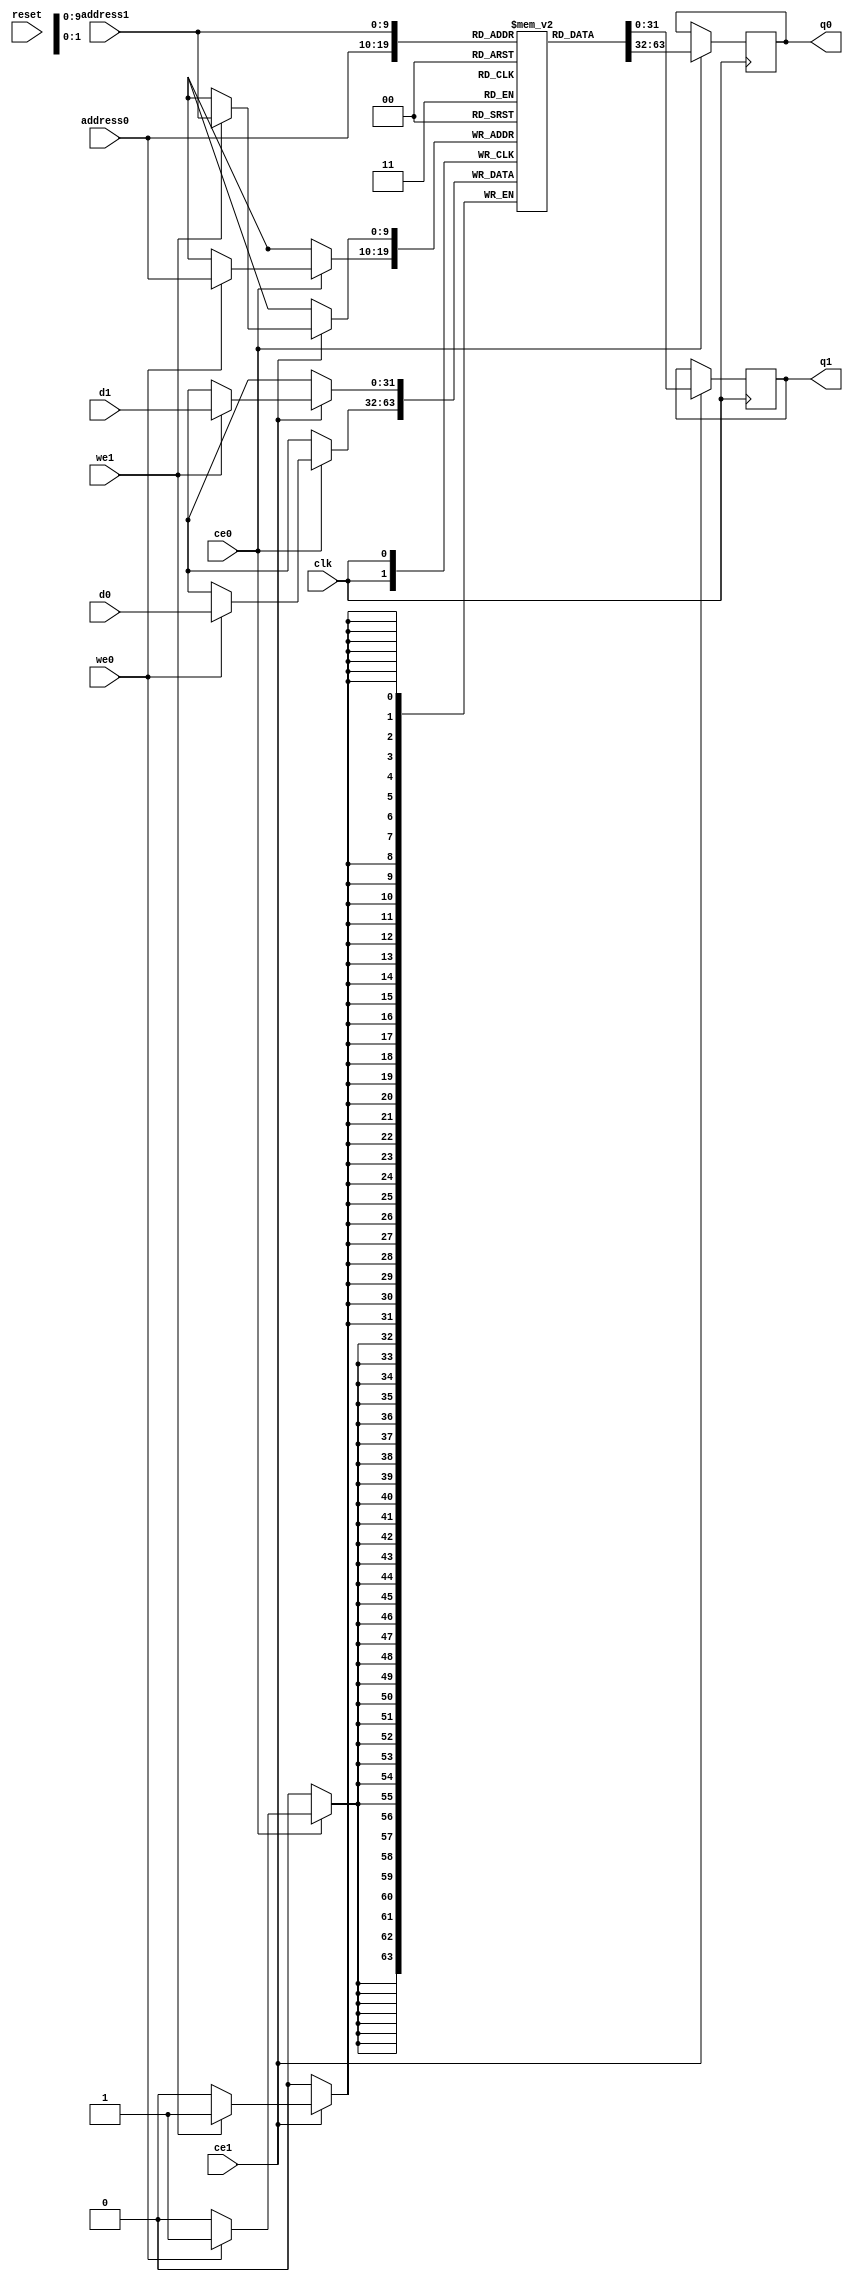
// ==============================================================
// Vitis HLS - High-Level Synthesis from C, C++ and OpenCL v2022.2 (64-bit)
// Version: 2022.2
// Copyright 1986-2022 Xilinx, Inc. All Rights Reserved.
// ==============================================================
`timescale 1 ns / 1 ps
module PEG_Xvec_local_X_RAM_AUTO_1R1W (

    address0, ce0,
    d0, we0,
    q0,

    address1, ce1,
    d1, we1,
    q1,

    reset, clk);

parameter DataWidth = 32;
parameter AddressWidth = 10;
parameter AddressRange = 1024;

input[AddressWidth-1:0] address0;
input ce0;
input[DataWidth-1:0] d0;
input we0;
output reg[DataWidth-1:0] q0;

input[AddressWidth-1:0] address1;
input ce1;
input[DataWidth-1:0] d1;
input we1;
output reg[DataWidth-1:0] q1;

input reset;
input clk;

(* ram_style = "auto"  *)reg [DataWidth-1:0] ram[0:AddressRange-1];








//read first
always @(posedge clk)
begin
    if (ce0) begin
        if (we0)
            ram[address0] <= d0;
        q0 <= ram[address0];

    end
end







//read first
always @(posedge clk)
begin
    if (ce1) begin
        if (we1)
            ram[address1] <= d1;
        q1 <= ram[address1];

    end
end



endmodule